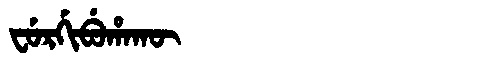
Manchu: ᠸᡠᡵᡤᡳᠪᡠᡥᠠᡴᡡ
Romanization: FURGIBUHAKŪ